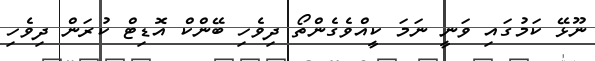
ނޫޅޭ ކަމުގައި ވަނީ ނަމަ ކީއްވެގެންތޯ ދިވެހި ބޭންކް އޮޑިޓް ކުރަން ދިވެހި